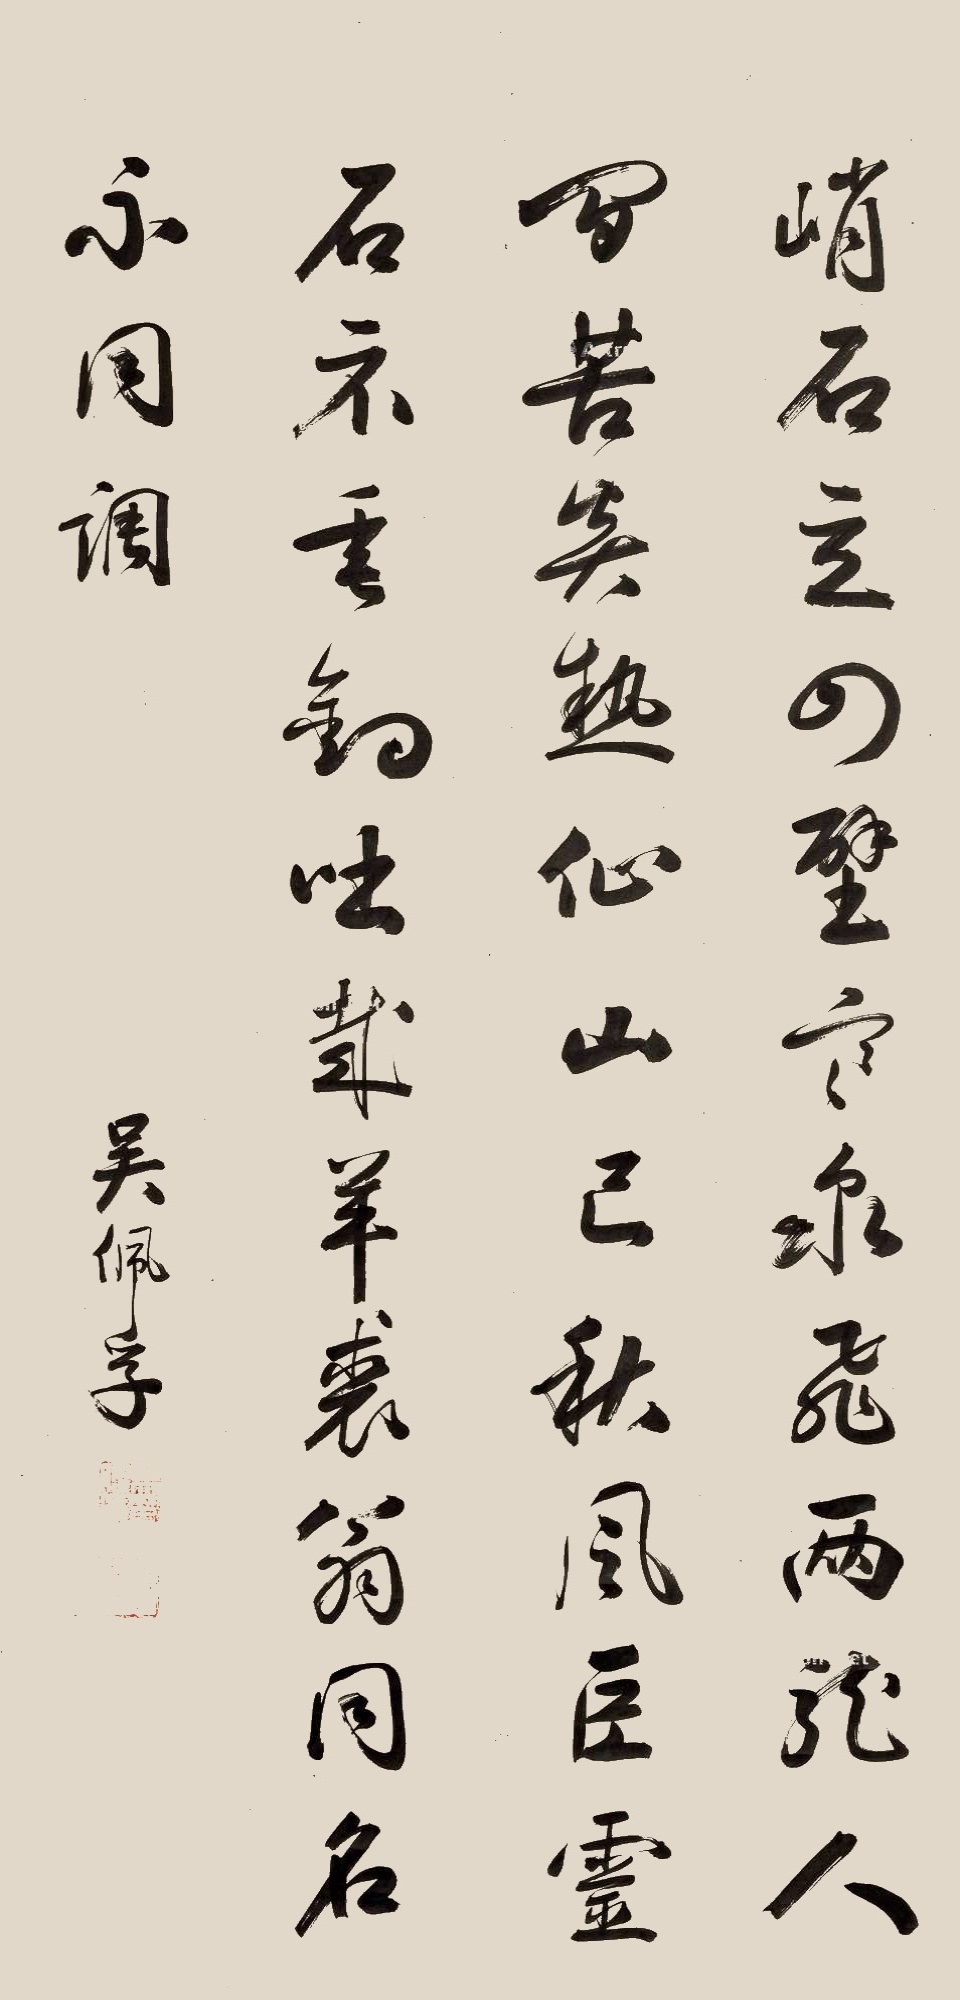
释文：峭石立四壁，寒泉飞两龙。人间苦炎热，仙山已秋风。巨灵石不垂钓。咄哉羊裘翁，同名不同调。吴佩孚。